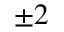
\pm 2